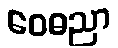
ဝေဓညာ